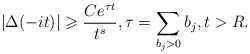
\begin{align*} \left|\Delta(-i t)\right| \geqslant \frac{C e^{\tau t}}{t^s}, \tau = \sum_{b_j > 0} b_j, t > R.\end{align*}